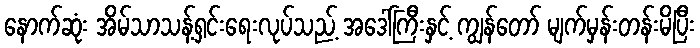
နောက်ဆုံး အိမ်သာသန့်ရှင်းရေးလုပ်သည့် အဒေါ်ကြီးနှင့် ကျွန်တော် မျက်မှန်းတန်းမိပြီး